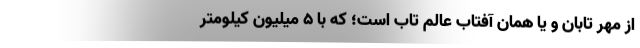
از مهر تابان و یا همان آفتاب عالم تاب است؛ که با ۵ میلیون کیلومتر